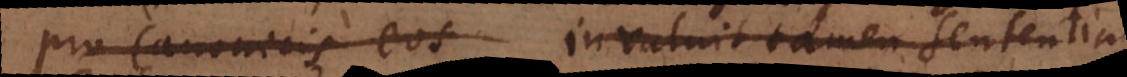
pro Canonicis eos invaluit tamen sententia